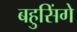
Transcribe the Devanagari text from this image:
बहुसिंगे